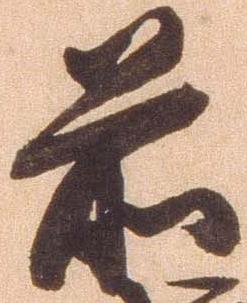
前